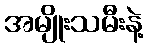
အမျိုးသမီးနဲ့